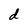
Character: d